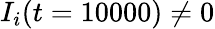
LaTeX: I_{i}(t=10000)\neq 0